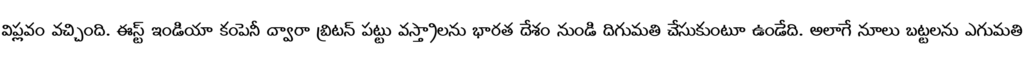
విప్లవం వచ్చింది. ఈస్ట్ ఇండియా కంపెనీ ద్వారా బ్రిటన్ పట్టు వస్త్రాలను భారత దేశం నుండి దిగుమతి చేసుకుంటూ ఉండేది. అలాగే నూలు బట్టలను ఎగుమతి